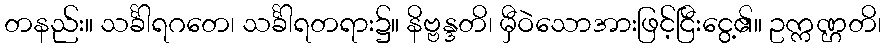
တနည်း။ သင်္ခါရဂတေ၊ သင်္ခါရတရား၌။ နိဗ္ဗန္ဒတိ၊ မှီဝဲသောအားဖြင့်ငြီးငွေ့၏။ ဥက္ကဏ္ဌတိ၊